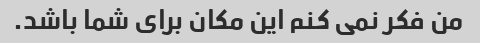
من فکر نمی کنم این مکان برای شما باشد.